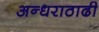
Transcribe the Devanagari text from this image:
अन्धराठाढी